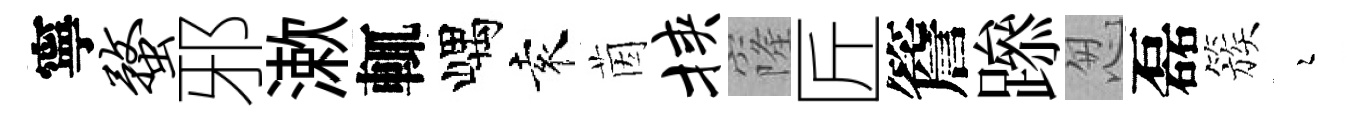
寧蝥邪漱輒嵎袁茵挟窿匠簷𨅶怱磊簇瑟